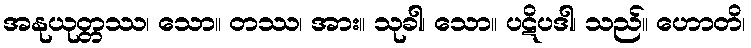
အနုယုတ္တဿ၊ သော။ တဿ၊ အား။ သုခါ၊ သော။ ပဋိပဒါ၊ သည်။ ဟောတိ၊